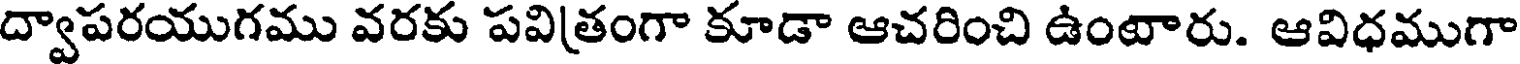
ద్వాపరయుగము వరకు పవి(తంగా కూడా ఆచరించి ఉంటారు. ఆవిధముగా